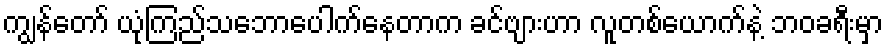
ကျွန်တော် ယုံကြည်သဘောပေါက်နေတာက ခင်ဗျားဟာ လူတစ်ယောက်နဲ့ ဘဝခရီးမှာ